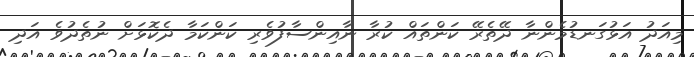
މިއަދު އަޅުގަނޑުމެންނާ ދޭތެރޭ ކަންތައް ކުރާ ނާއިންސާފުވެރި ކަންކަމާ ދެކޮޅަށް ނުތެދުވެ އަދި